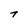
Character: T